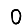
Digit: 0